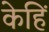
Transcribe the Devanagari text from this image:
केहिं